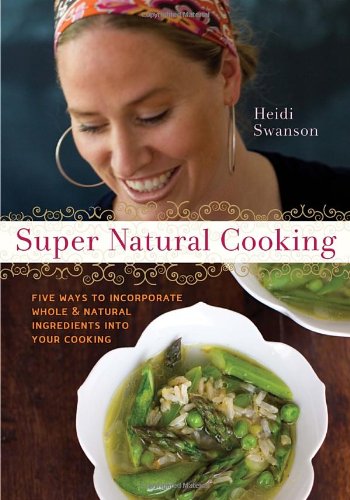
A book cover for Super Natural Cooking: Five Delicious Ways to Incorporate Whole and Natural Foods into Your Cooking; Heidi Swanson; Cookbooks, Food & Wine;